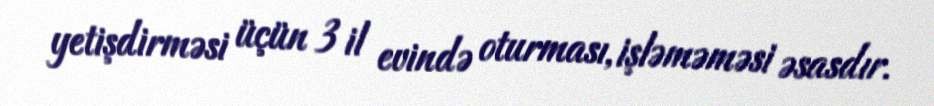
yetişdirməsi üçün 3 il evində oturması, işləməməsi əsasdır.